Indian journal of veterinary science and animal husbandry - Volumes 15-17, 1948-1951
Year: 1948
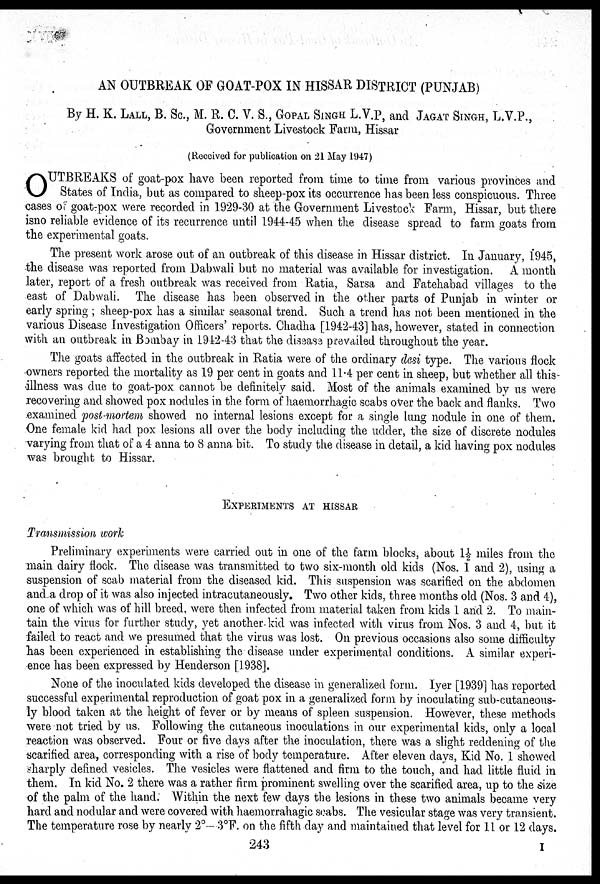
AN OUTBREAK OF GOAT-POX IN HISSAR DISTRICT (PUNJAB)
By H. K. LALL, B. Sc., M. R. C. V. S., GOPAL SINGH L.V.P, and JAGAT SINGH, L.V.P.,
Government Livestock Farm, Hissar
(Received for publication on 21 May 1947)
O UTBREAKS of goat-pox have been reported from time to time from various provinces and
States of India, but as compared to sheep-pox its occurrence has been less conspicuous. Three
cases of goat-pox were recorded in 1929-30 at the Government Livestock Farm, Hissar, but there
isno reliable evidence of its recurrence until 1944-45 when the disease spread to farm goats from
the experimental goats.
The present work arose out of an outbreak of this disease in Hissar district. In January, 1945,
the disease was reported from Dabwali but no material was available for investigation. A month
later, report of a fresh outbreak was received from Ratia, Sarsa and Fatehabad villages to the
east of Dabwali. The disease has been observed in the other parts of Punjab in winter or
early spring ; sheep-pox has a similar seasonal trend. Such a trend has not been mentioned in the
various Disease Investigation Officers' reports. Chadha [1942-43] has, however, stated in connection
with an outbreak in Bombay in 1942-43 that the disease prevailed throughout the year.
The goats affected in the outbreak in Ratia were of the ordinary desi type. The various flock
owners reported the mortality as 19 per cent in goats and 11.4 per cent in sheep, but whether all this
illness was due to goat-pox cannot be definitely said. Most of the animals examined by us were
recovering and showed pox nodules in the form of haemorrhagic scabs over the back and flanks. Two
examined post-mortem showed no internal lesions except for a single lung nodule in one of them.
One female kid had pox lesions all over the body including the udder, the size of discrete nodules
varying from that of a 4 anna to Sanna bit. To study the disease in detail, a kid having pox nodules
was brought to Hissar.
EXPERIMENTS AT HISSAR
Transmission work
Preliminary experiments were carried out in one of the farm blocks, about 1½ miles from the
main dairy flock. The disease was transmitted to two six-month old kids (Nos. 1 and 2), using a
suspension of scab material from the diseased kid. This suspension was scarified on the abdomen
and a drop of it was also injected intracutaneously. Two other kids, three months old (Nos. 3 and 4),
one of which was of hill breed, were then infected from material taken from kids 1 and 2. To main-
tain the virus for further study, yet another kid was infected with virus from Nos. 3 and 4, but it
failed to react and we presumed that the virus was lost. On previous occasions also some difficulty
has been experienced in establishing the disease under experimental conditions. A similar experi-
ence has been expressed by Henderson [1938].
None of the inoculated kids developed the disease in generalized form. Iyer [1939] has reported
successful experimental reproduction of goat pox in a generalized form by inoculating sub-cutaneous-
ly blood taken at the height of fever or by means of spleen suspension. However, these methods
were not tried by us. Following the cutaneous inoculations in our experimental kids, only a local
reaction was observed. Four or five days after the inoculation, there was a slight reddening of the
scarified area, corresponding with a rise of body temperature. After eleven days, Kid No. 1 showed
sharply defined vesicles. The vesicles were flattened and firm to the touch, and had little fluid in
them. In kid No. 2 there was a rather firm prominent swelling over the scarified area, up to the size
of the palm of the hand. Within the next few days the lesions in these two animals became very
hard and nodular and were covered with haemorrahagic scabs. The vesicular stage was very transient.
The temperature rose by nearly 2°—3°F. on the fifth day and maintained that level for 11 or 12 days.
243
I